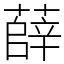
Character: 薛